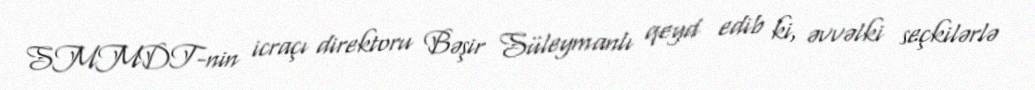
SMMDT-nin icraçı direktoru Bəşir Süleymanlı qeyd edib ki, əvvəlki seçkilərlə